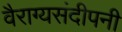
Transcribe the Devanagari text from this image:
वैराग्यसंदीपनी